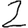
Digit: 2